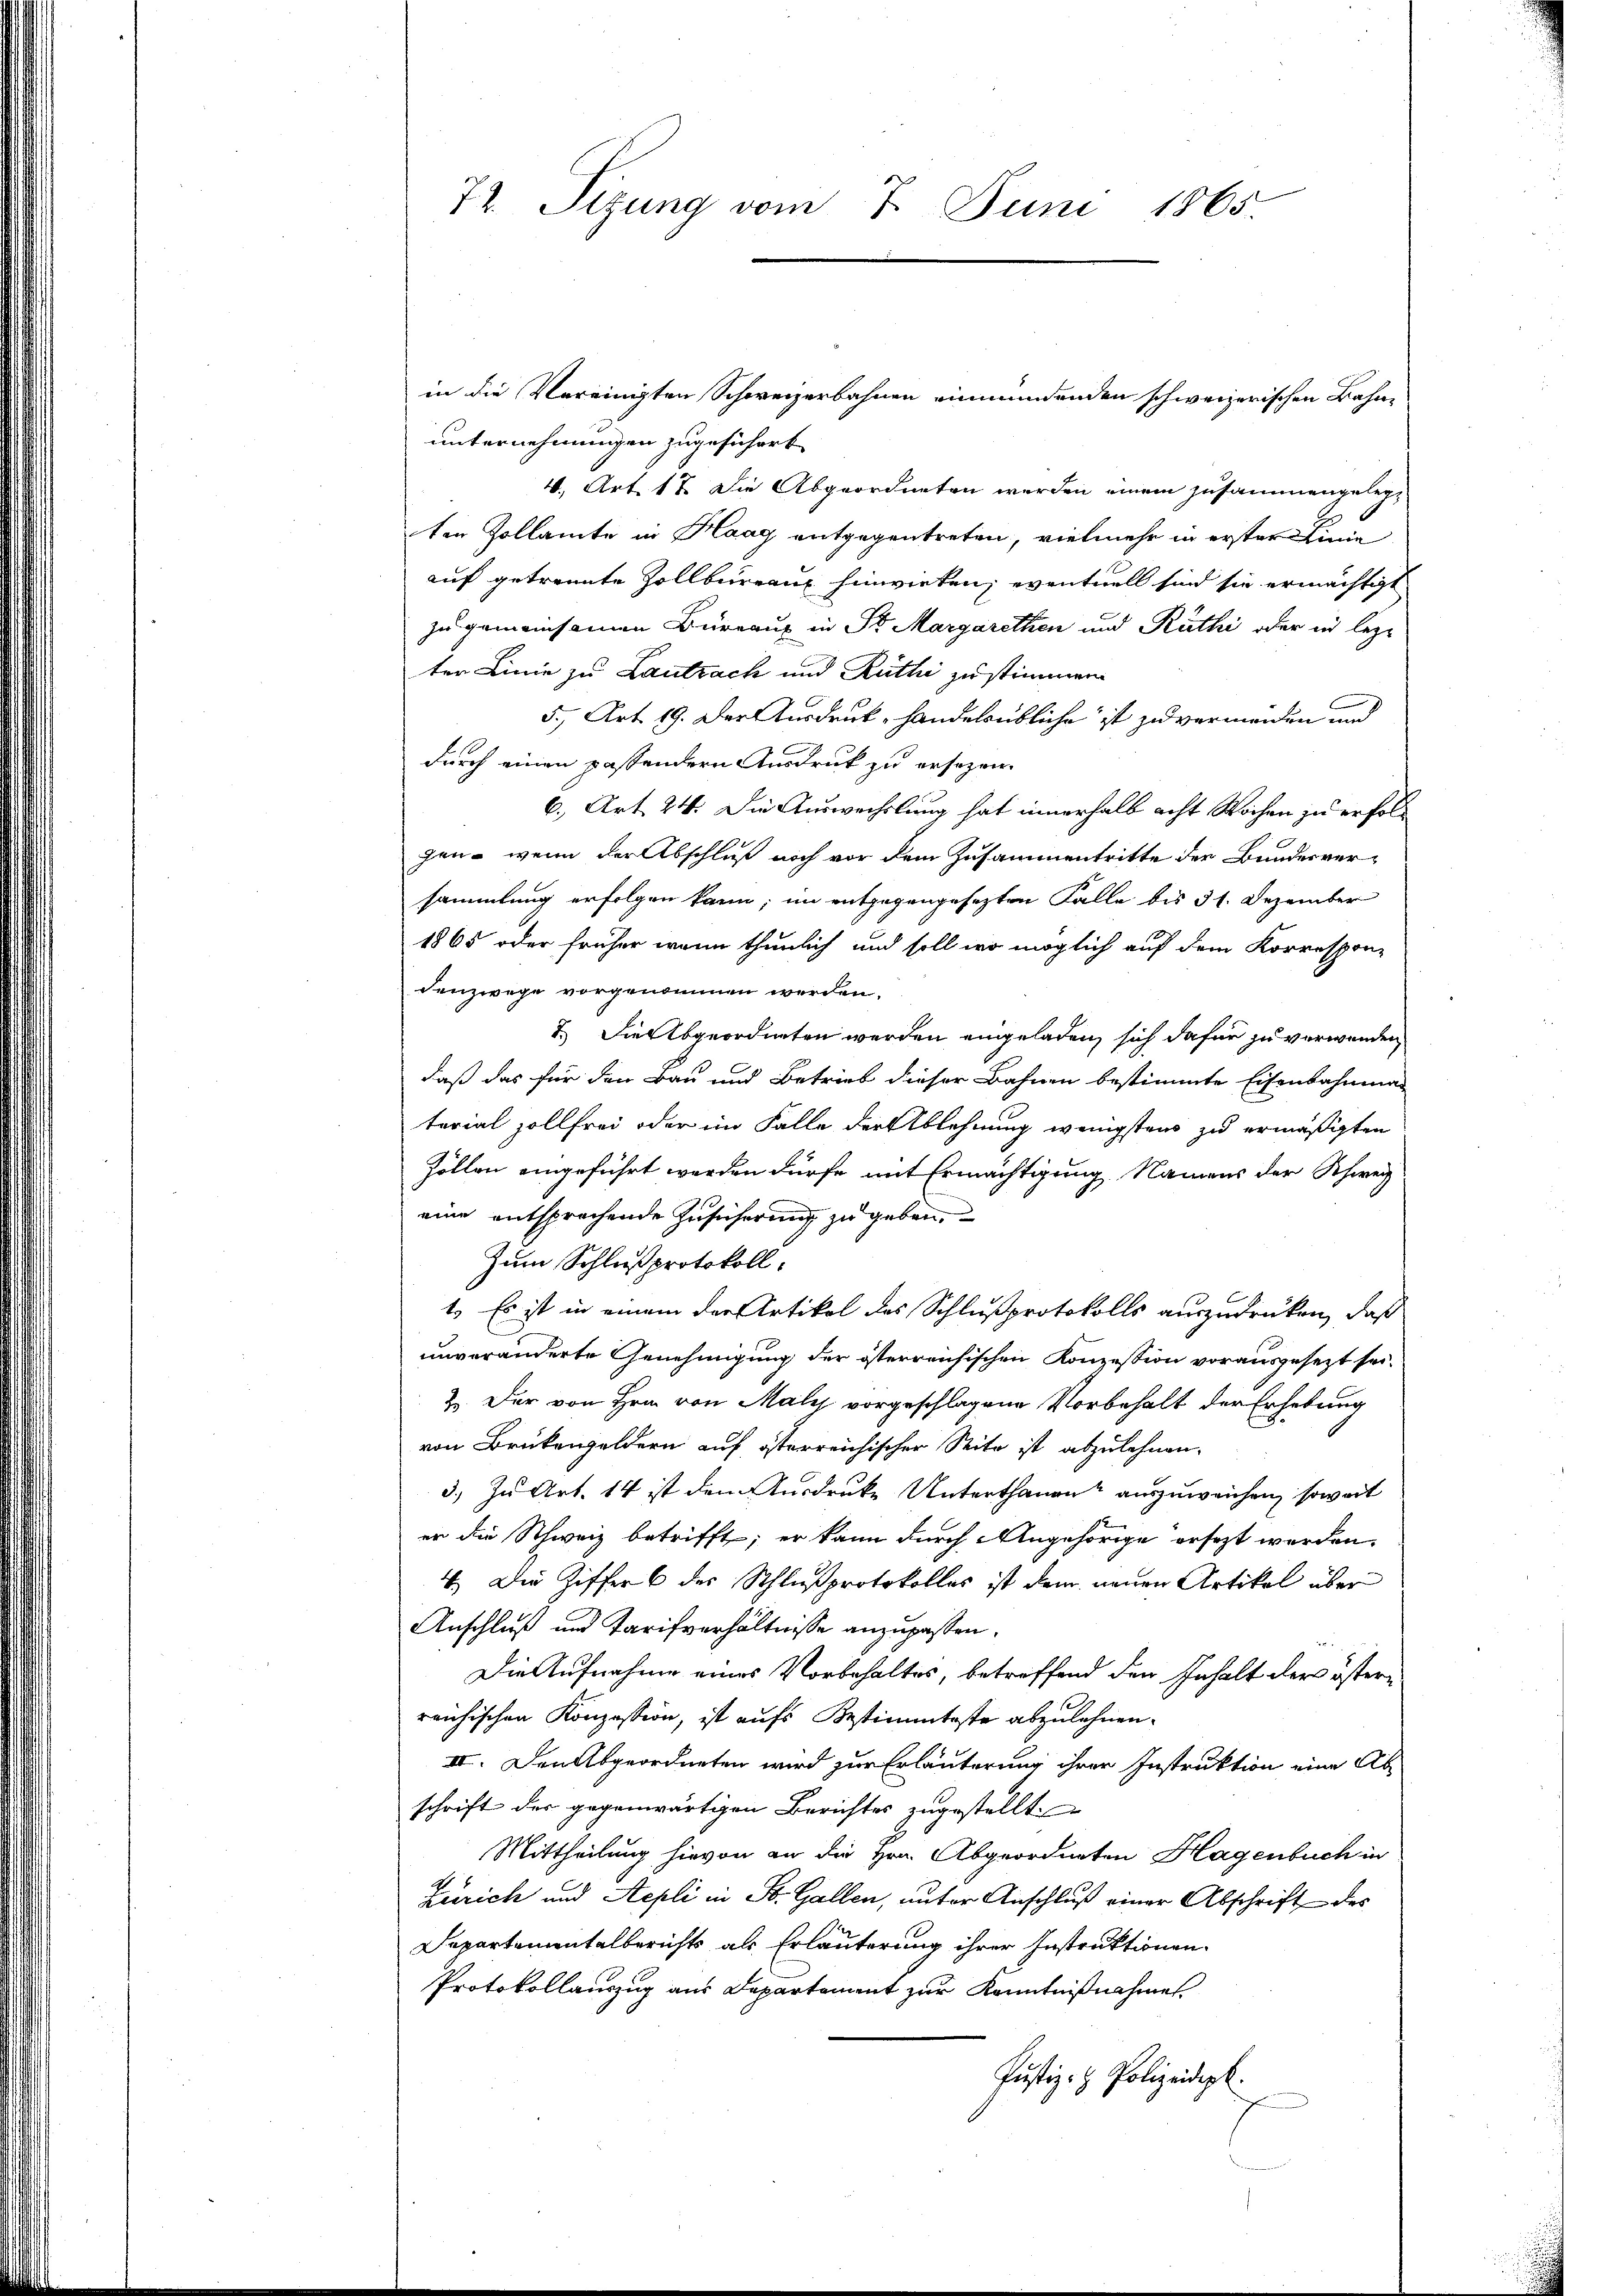
in die Vereinigten Schweizerbahnen einmündenden schweizerischen Bahnunternehmungen zugeführet
4., Art. 17. Die Abgeordneten werden einem zusammengelegten Zollamte in Haag entgegentreten, vielmehr in erster Linie
auf getrennte Zollbureau hinwirken, eventuell sind sie ermächtigt
zu gemeinsamen Büreaux in St. Margarethen und Rüthi oder in lezt
ter Linie zu Lantrach und Rüthi zu stimmen
5., Art. 19. Der Ausdruck, handelsübliche ist zu vermeiden und
durch einen passendern Ausdruck zu ersezen.
6., Art. 24. Die Auswechslung hat innerhalb acht Wochen zu erfolgen, wenn der Abschluß noch vor dem Zusammentritte der Bundesver-
sammlung erfolgen kann; im entgegengesezten Falle bis 31. Dezember
1865 oder früher wenn thunlich und soll wo möglich auf dem Korrespon-
denzwege vorgenommen worden.
7. Die Abgeordneten werden eingeladen, sich dafür zu verwenden,
daß das für den Bau und Betrieb dieser Bahnen bestimmte Eisenbahnman
terial sollfrei oder im Falle der Ablehnung wenigstens zu ermäßigten
Zöllen eingeführt werden dürfe mit Ermächtigung Namens der Schwei
eine entsprechende Zusicherung zu geben,
Zum Schlußprotokoll.
1.) Es ist in einem der Artikel des Schlußprotokolls auszudrüken, daß
unveränderte Genehmigung der österreichischen Konzession vorausgesezt sei.
2. Der von Hrn. von Maly vorgeschlagene Vorbehalt der Erhebung
von Brükengeldern auf österreichischer Seite ist abzulehnen.
3.) Zu Art. 14 ist dem Ausdruke Unterthanen auszuweichen, soweit
er die Schweiz betrifft, er kann durch Angehörige ersezt werden,
4. Die Ziffer 6 des Schlußprotokolles ist dem neuen Artikel über
Anschluß und Tarifverhältnisse anzupassen.
Die Aufnahme eines Vorbehaltes, betreffend den Inhalt der österreichischen Konzession, ist aufs Bestimmteste abzulehnen.
II. Den Abgeordneten wird zur Erläuterung ihrer Instruktion eine Ab
schrift der gegenwärtigen Berichtes zugestellt
Mittheilung hievon an die Hrn. Abgeordneten Hagenbuch in
Zürich und Repli in St. Gallen, unter Anschluß einer Abschrift des
Departementalberichts als Erläuterung ihrer Instruktionen.
Protokollauszug aus Departement zur Kenntnißnahmen.
Justiz- & Polizeidigt.

72. Sizung vom 7. Juni 1865.